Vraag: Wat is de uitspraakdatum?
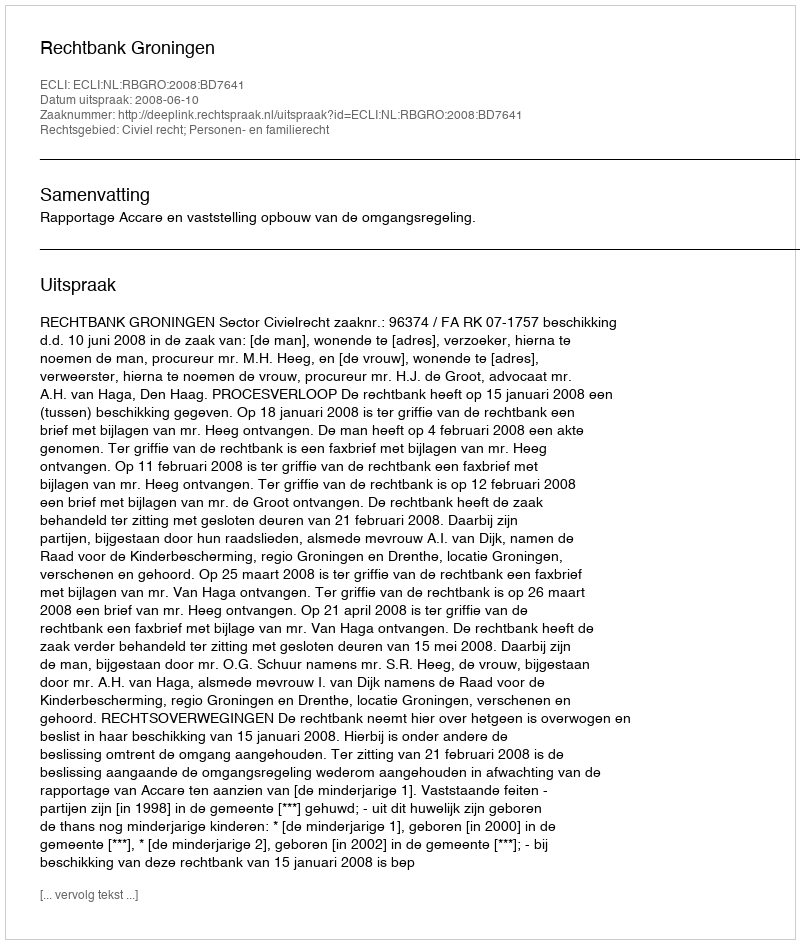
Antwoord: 2008-06-10